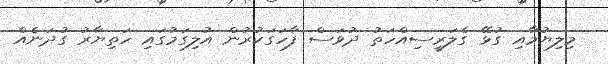
މިލިޔުމާއި ގުޅޭ ގެލަރީސިއްހަތު ދުވަސް ފާހަގަކުރުން އުލިގަމުގައި ހަތިޔާރު ގުދަނެއް